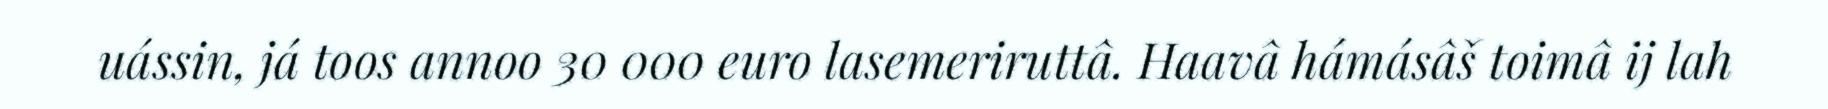
uássin, já toos annoo 30 000 euro lasemeriruttâ. Haavâ hámásâš toimâ ij lah